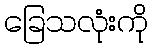
ခြေသလုံးကို